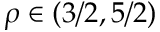
\rho \in \left( 3 / 2 , 5 / 2 \right)